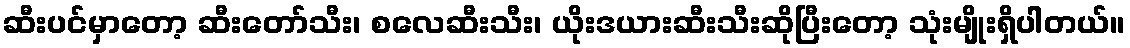
ဆီးပင်မှာတော့ ဆီးတော်သီး၊ စလေဆီးသီး၊ ယိုးဒယားဆီးသီးဆိုပြီးတော့ သုံးမျိုးရှိပါတယ်။